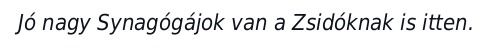
Jó nagy Synagógájok van a Zsidóknak is itten.